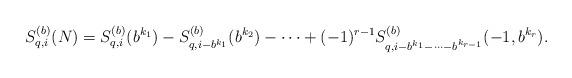
LaTeX: \begin{align*}S^{(b)}_{q,i}(N)=S^{(b)}_{q,i}(b^{k_{1}})-S^{(b)}_{q,i-b^{k_{1}}}(b^{k_{2}})-\cdots+(-1)^{r-1}S^{(b)}_{q,i-b^{k_{1}}-\cdots-b^{k_{r-1}}}(-1,b^{k_{r}}).\end{align*}